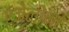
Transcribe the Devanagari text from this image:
एंजेलोना